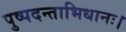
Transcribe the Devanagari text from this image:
पुष्पदन्ताभिधानः।